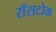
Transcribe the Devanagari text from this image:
रॉसटोक